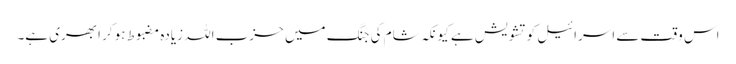
اس وقت سے اسرائیل کو تشویش ہے کیونکہ شام کی جنگ میں حزب اللہ زیادہ مضبوط ہو کر ابھری ہے۔